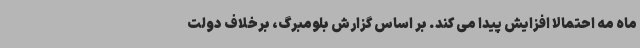
ماه مه احتمالا افزایش پیدا می کند. بر اساس گزارش بلومبرگ، برخلاف دولت